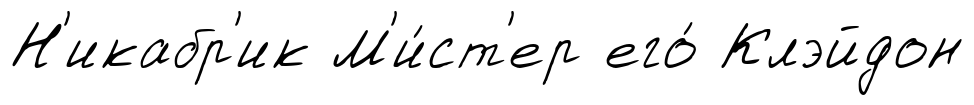
Н'икабр'ик М'и́ст'ер его́ Клэйдон